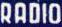
RADIO